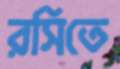
রসিতে